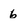
Character: 6